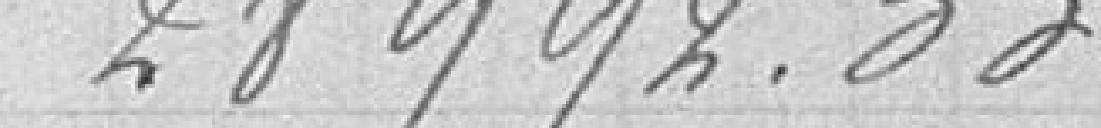
28992,33